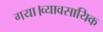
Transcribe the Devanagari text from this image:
गया।व्यावसायिक